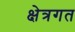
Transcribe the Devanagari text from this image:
क्षेत्रगत